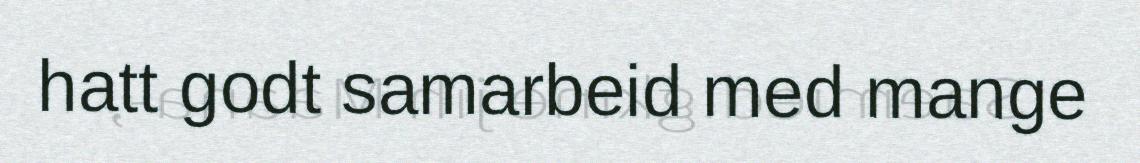
hatt godt samarbeid med mange